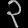
Digit: ၃